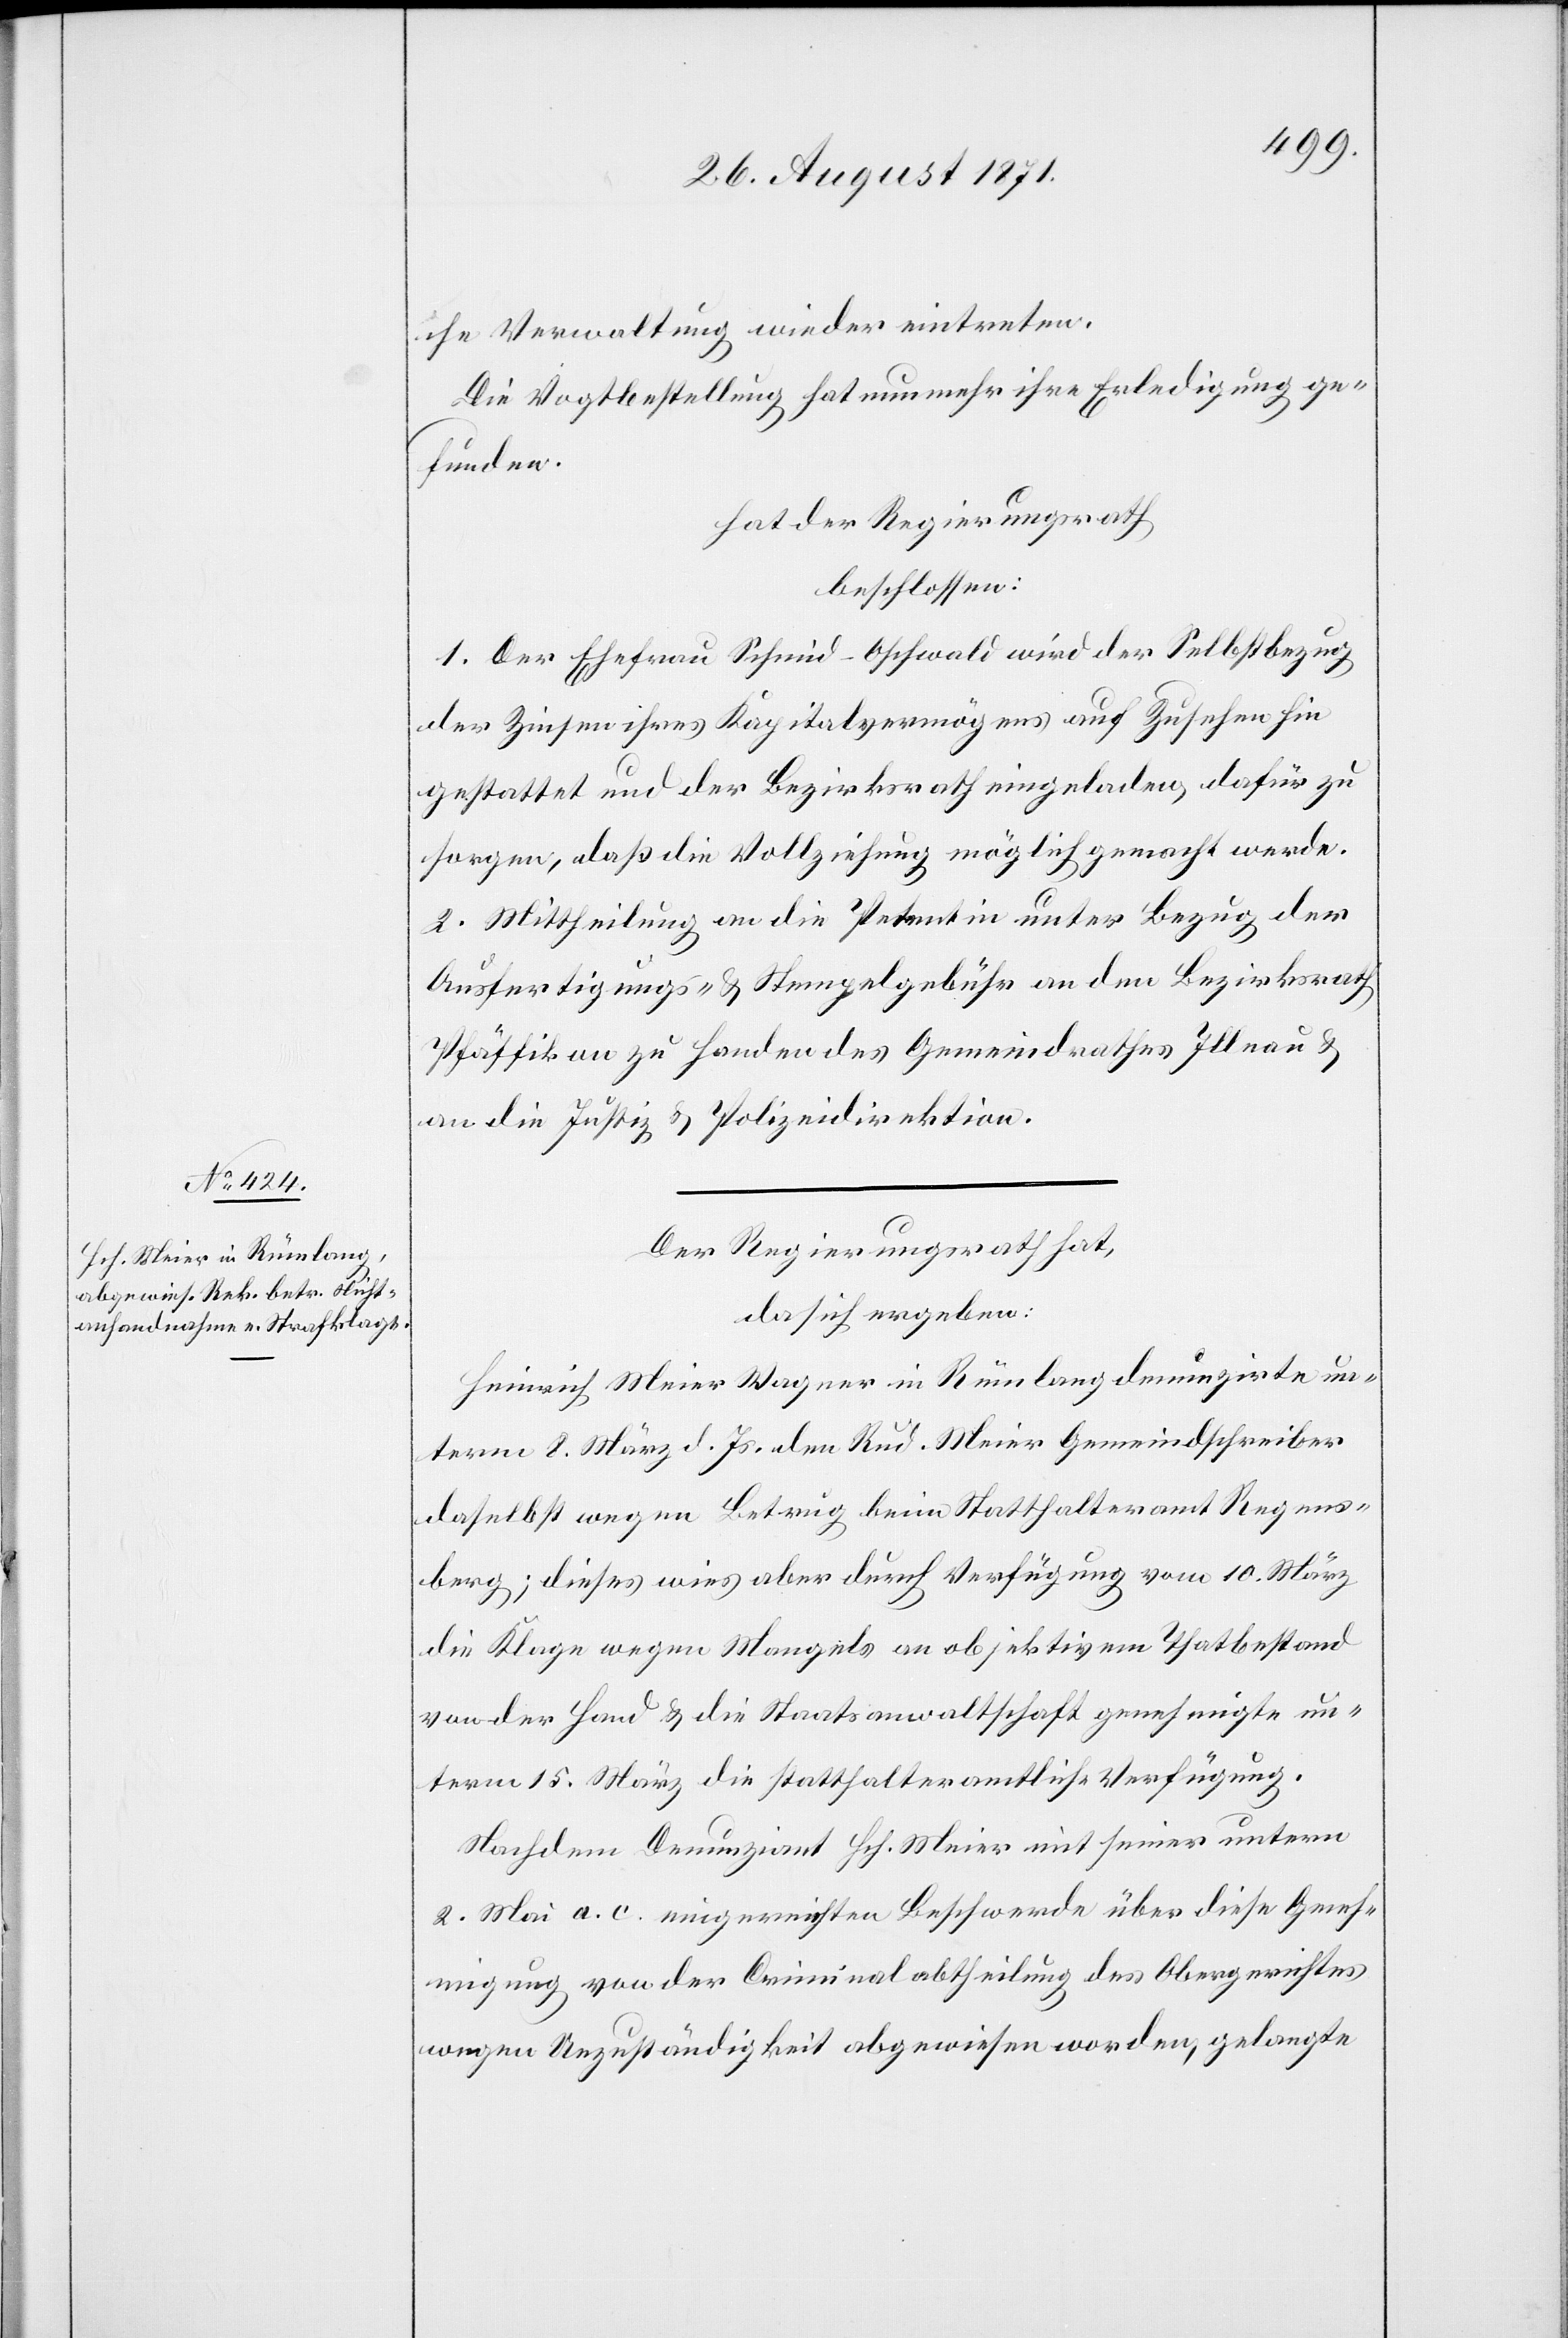
[li]che Verwaltung wieder eintreten.
Die Vogtbestellung hat nunmehr ihre Erledigung ge¬
funden.
hat der Regierungsrath
beschlossen:
1. Der Ehefrau Schmid-Oschwald wird der Selbstbezug
der Zinsen ihres Kapitalvermögens auf Zusehen hin
gestattet und der Bezirksrath eingeladen dafür zu
sorgen, daß die Vollziehung möglich gemacht werde.
2. Mittheilung an die Petentin unter Bezug der
Ausfertigungs- & Stempelgebühr an den Bezirksrath
Pfäffikon zu Handen des Gemeindrathes Illnau &
an die Justiz[-] & Polizeidirektion.
Der Regierungsrath hat,
da sich ergeben:
Heinrich Meier Wagner in Rümlang denunzirte un¬
term 8. März d. Js. den Rud. Meier Gemeindschreiber
daselbst wegen Betrug beim Statthalteramt Regens¬
berg; dieses wies aber durch Verfügung vom 10. März
die Klage wegen Mangels an objektivem Thatbestand
von der Hand & die Staatsanwaltschaft genehmigte un¬
term 15. März die statthalteramtliche Verfügung.
Nachdem Denunziant Hch. Meier mit seiner unterm
2. Mai a. c. eingereichten Beschwerde über diese Geneh¬
migung von der Criminalabtheilung des Obergerichtes
wegen Unzuständigkeit abgewiesen worden, gelangte